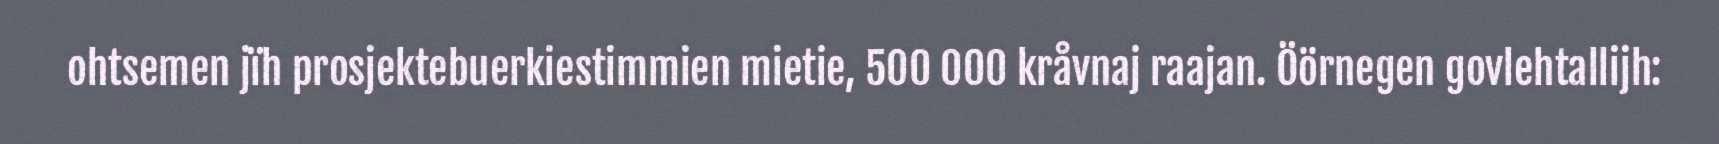
ohtsemen jïh prosjektebuerkiestimmien mietie, 500 000 kråvnaj raajan. Öörnegen govlehtallijh: